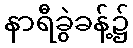
နာရီခွဲခန့်၌